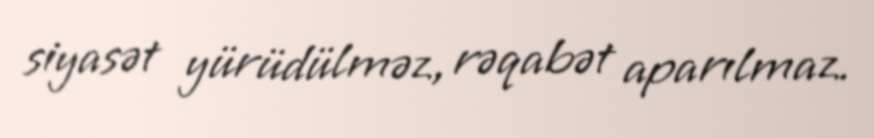
siyasət yürüdülməz, rəqabət aparılmaz.